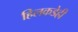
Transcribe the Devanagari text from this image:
हिलकडेही